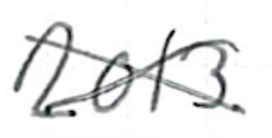
Text: 2013.
Cross-out: cross
Writing tool: ballpoint